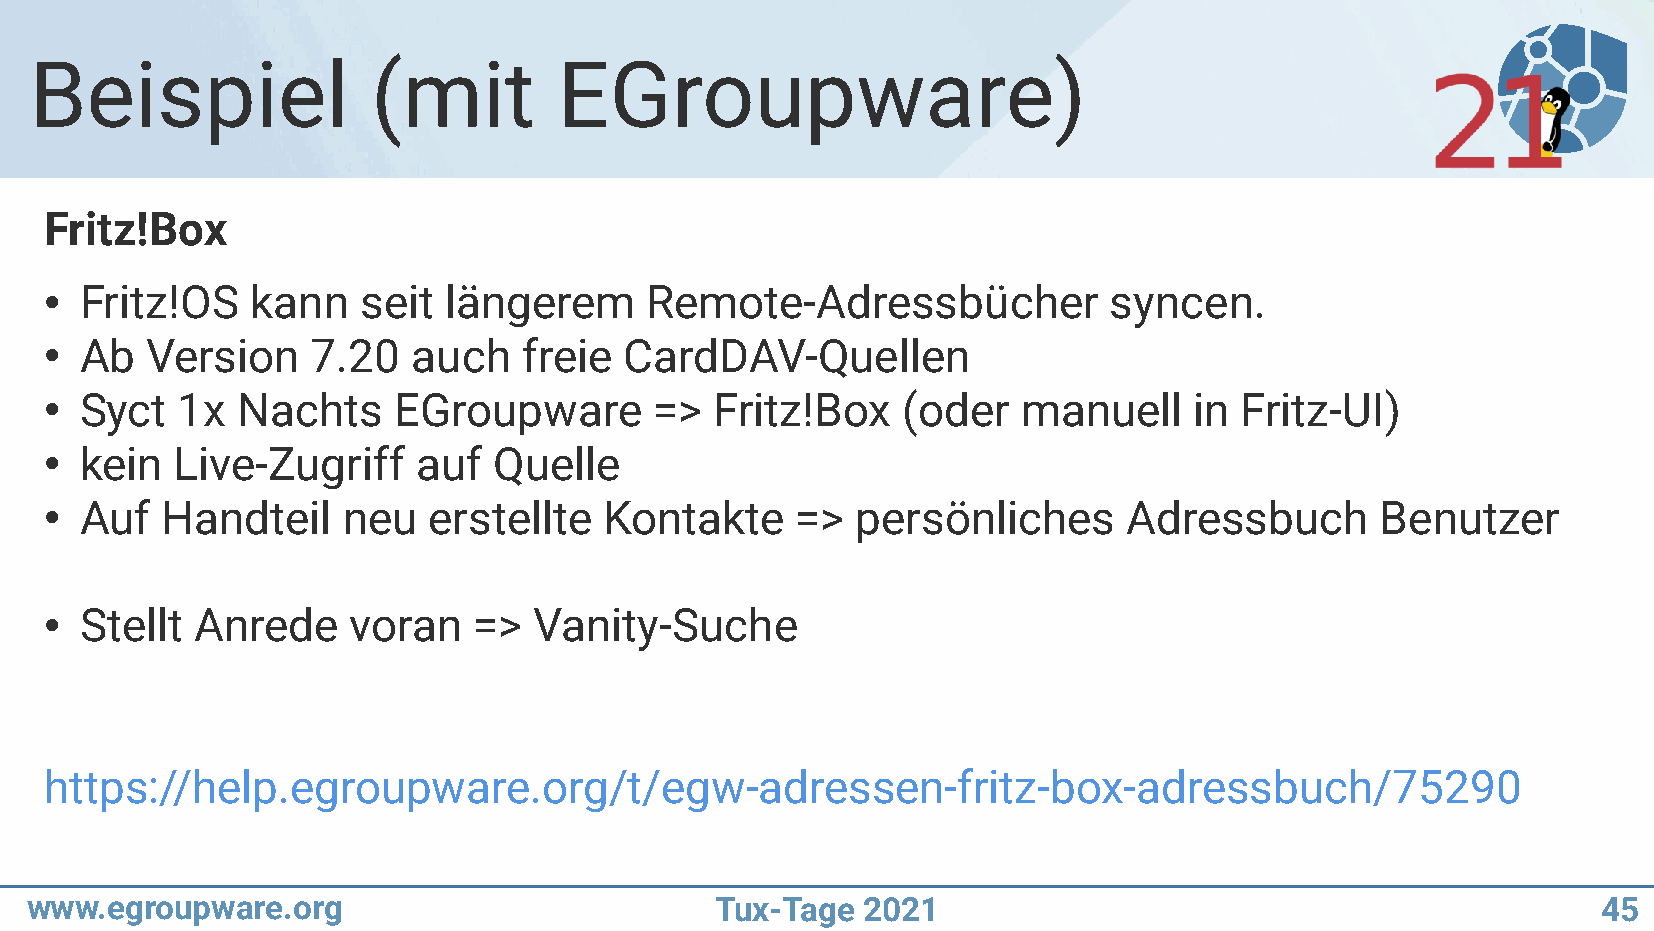
Beispiel               (mit        EGroupware)
 Fritz!Box
 Fritz!OS    kann   seit längerem      Remote-Adressbücher           syncen.
 ●
 Ab   Version    7.20  auch    freie CardDAV-Quellen
 ●
 Syct   1x  Nachts    EGroupware       =>  Fritz!Box    (oder   manuell    in Fritz-UI)
 ●
 kein   Live-Zugriff    auf  Quelle
 ●
 Auf   Handteil    neu  erstellte   Kontakte     =>  persönliches      Adressbuch      Benutzer
 ●
 Stellt  Anrede    voran   =>  Vanity-Suche
 ●
 https://help.egroupware.org/t/egw-adressen-fritz-box-adressbuch/75290
 www.egroupware.org                           Tux-Tage  2021                                             45